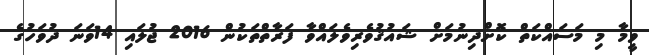
ވީމާ މި މަސައްކަތް ކޮށްދިނުމަށް ޝައުޤުވެރިވެލައްވާ ފަރާތްތަކުން 2016 ޖުލައި 14ވަނަ ދުވަހުގެ